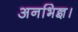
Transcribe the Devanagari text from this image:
अनभिज्ञ।